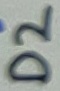
Text: D2